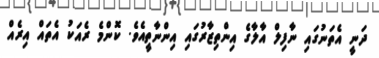
ދަނީ އެތަނުގައި ނާފިލް އާލާގެ އިންތިޒާރުގައި އިންނާތީއެވެ. ކޮންމެ ރެއަކު އެތައް އިރެއް